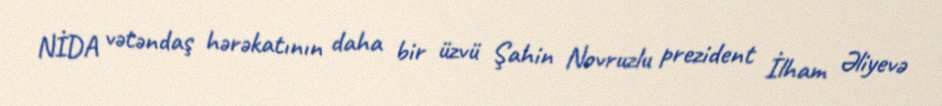
NİDA vətəndaş hərəkatının daha bir üzvü Şahin Novruzlu prezident İlham Əliyevə